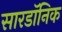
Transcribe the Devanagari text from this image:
सारडॉनिक